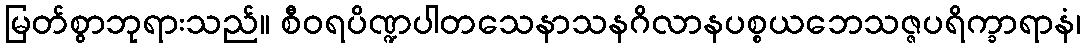
မြတ်စွာဘုရားသည်။ စီဝရပိဏ္ဍပါတသေနာသနဂိလာနပစ္စယဘေသဇ္ဇပရိက္ခာရာနံ၊